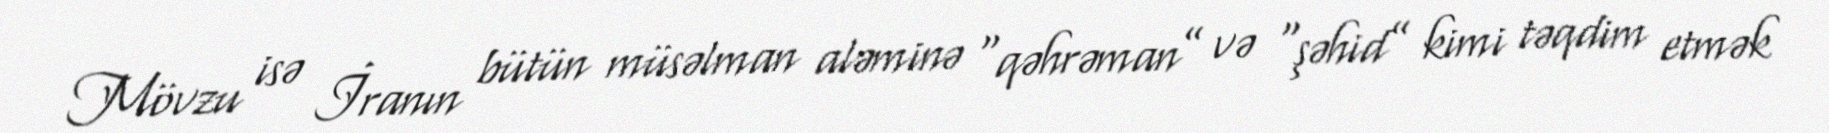
Mövzu isə İranın bütün müsəlman aləminə “qəhrəman” və “şəhid” kimi təqdim etmək